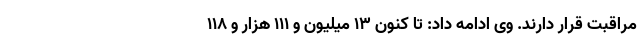
مراقبت قرار دارند. وی ادامه داد: تا کنون ۱۳ میلیون و ۱۱۱ هزار و ۱۱۸